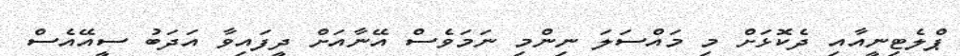
ޕްލެޓިނީއާއި ދެކޮޅަށް މި މައްސަލަ ނިންމި ނަމަވެސް އޭނާއަށް ދީފައިވާ އަދަބު ސީއޭއެސް